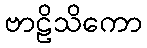
ဗာဠိသိကော